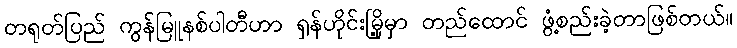
တရုတ်ပြည် ကွန်မြူနစ်ပါတီဟာ ရှန်ဟိုင်းမြို့မှာ တည်ထောင် ဖွံ့စည်းခဲ့တာဖြစ်တယ်။